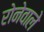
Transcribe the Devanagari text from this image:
रोनेवाले